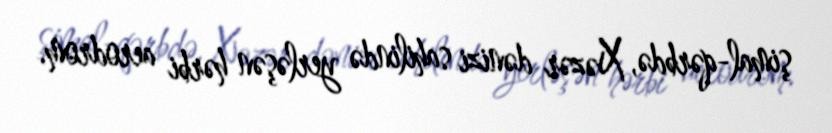
şimal-qərbdə, Xəzər dənizi sahilində yerləşən hərbi aerodrom.